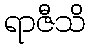
ရာဇီသိ